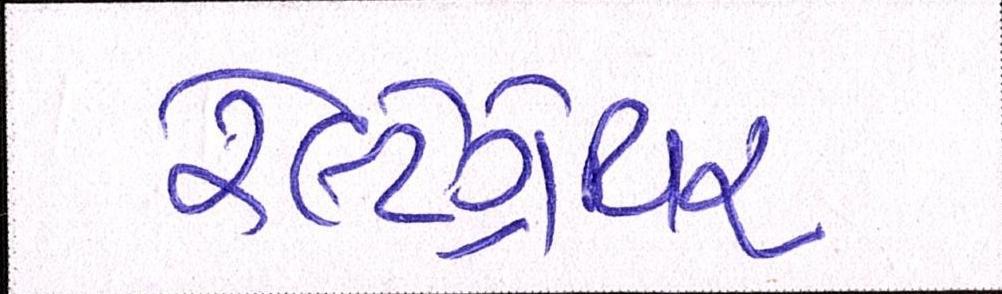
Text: રેલ્ટેગ્રેવિર